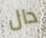
دال